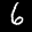
Label: 6